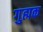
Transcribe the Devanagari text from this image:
गुह्मक